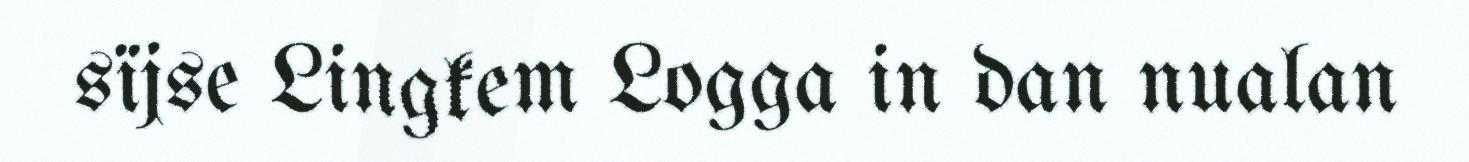
sïjse Lingkem Logga in dan nualan